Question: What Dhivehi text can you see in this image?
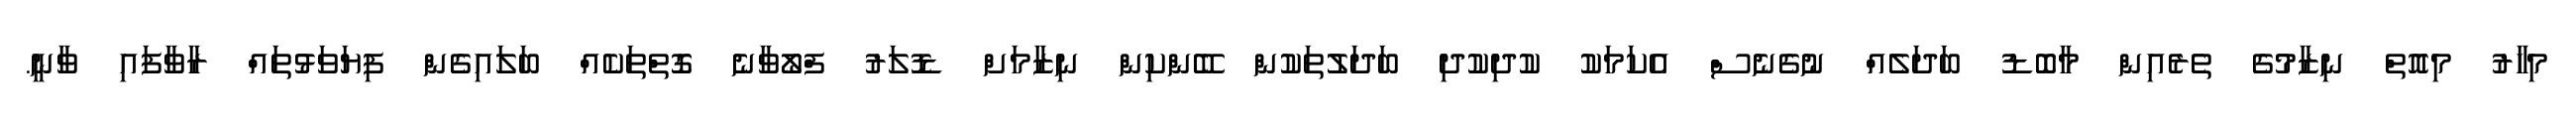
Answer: މިހާރު މިއޮތް ނިޒާމުގެ ތެރެއިން މާބޮޑު ބަދަލެއް ނުގެނެސް އެކަމަކު ކުދިކުދި ބަދަލުތަކުން ބޭންކިން ނިޒާމަށް ޑޮލަރު ފްލޯވާނެ ގޮތްތަކެއް ބަލައިގެން ފިޔަވަޅުތައް ރާވާފައި ވާނީ.